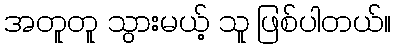
အတူတူ သွားမယ့် သူ ဖြစ်ပါတယ်။